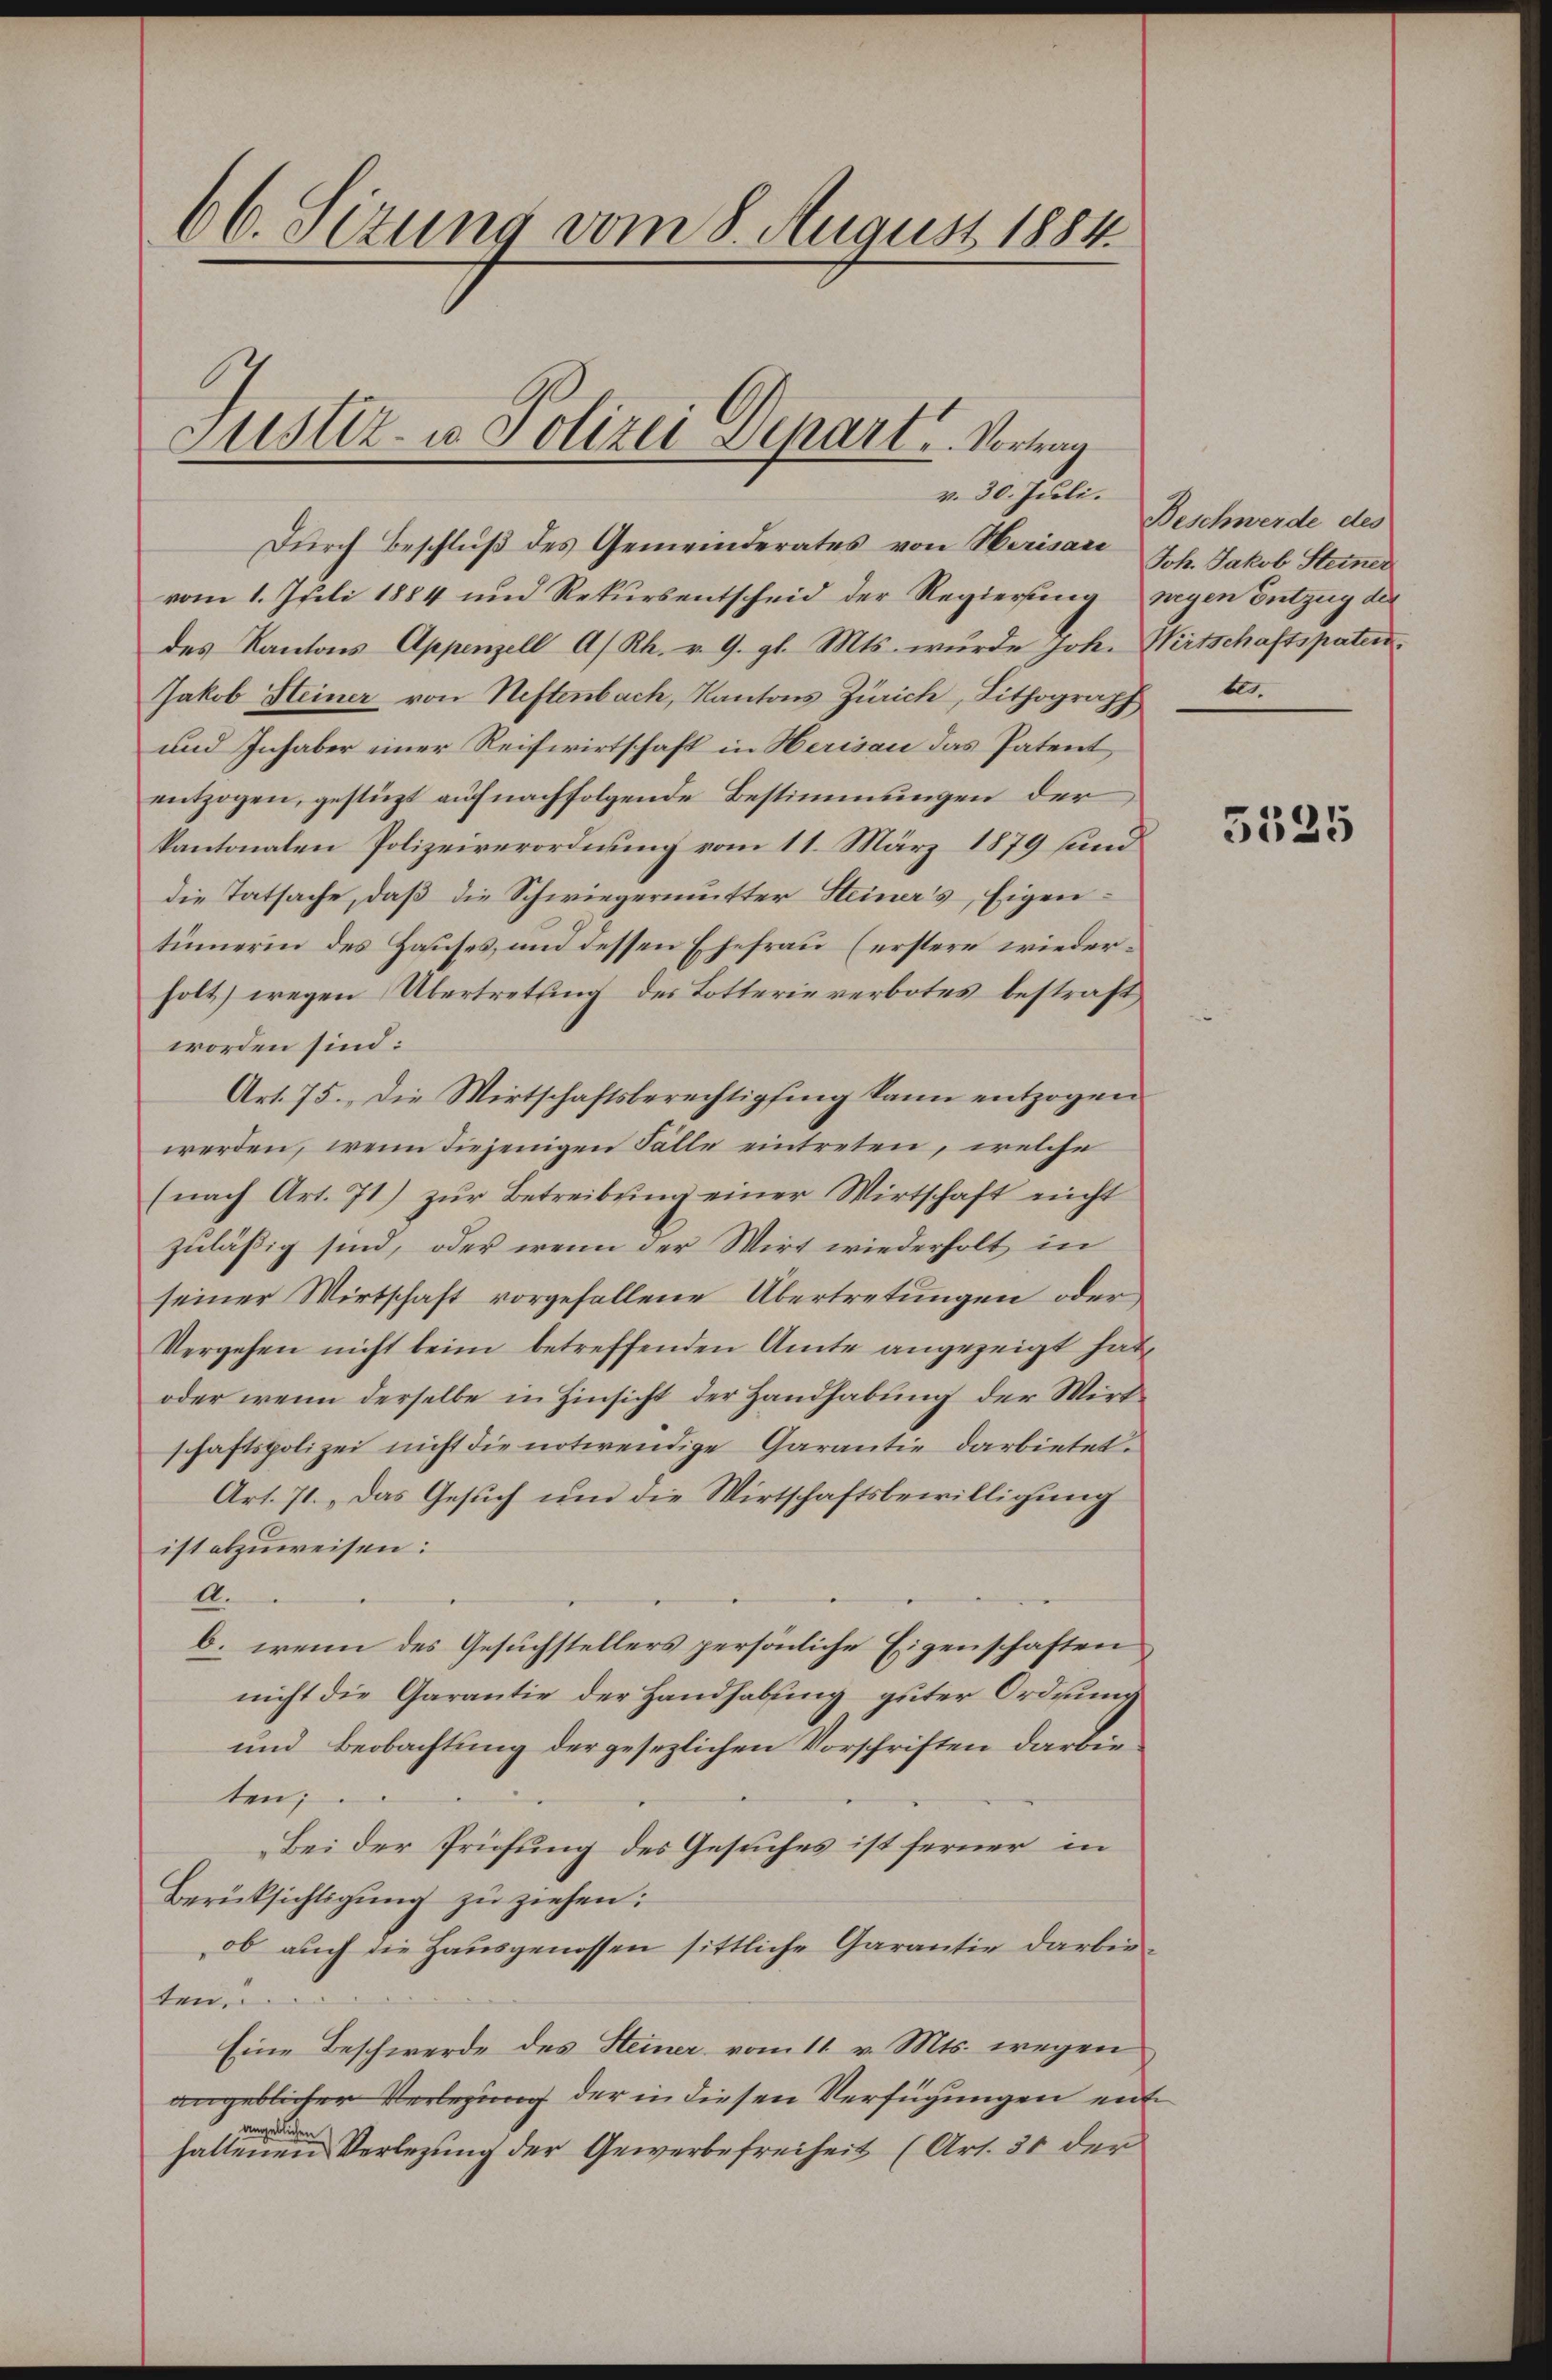
66. Sizung vom 8. August 1884
Justiz- u. Polizei Depart u. Vortrag
v. 30. Juli.

Durch Beschluß des Gemeinderates von Herisard Joh. Jakob Steiner
vom 1. Juli 1884 und Rekursentscheid der Regierung wegen Entzug der
des Kantons Appenzell A/Rh. v. 9. gl. Mts. wurde Joh. Wirtschaftspaten.
Jakob Heiner von Neftenbach, Kantons Zürich, Lithograph
und Inhaber einer Reifwirtschaft in Herisau das Patent
entzogen, gestüzt auf nachfolgende Bestimmungen der
kantonalen Polizeiverordnung vom 11. März 1879 sund
die Tatsache, daß die Schwiegermutter Steiner’s Eigentümerin des Hauses, und dessen Ehefrau (erstere wiederholt) wegen Übertretung des Lotterie verbotes bestraft
worden sind:
Art. 75. Die Wirtschaftsberechtigung kann entzogen
werden, wenn diejenigen Fälle eintreten, welche
(nach Art. 71) zŭr Betreibung einer Wirtschaft nicht
zuläßig sind, oder wenn der Wirt wiederholt in
seiner Wirtschaft vorgefallene Übertretungen oder
Vergehen nicht beim betreffenden Amte angezeigt hat,
oder wenn derselbe in Hinsicht der Handhabung der Wirtschaftspolizei nicht die notwendige Garantie darbietet.
Art. 71. „Das Gesuch um die Wirtschaftsbewilligung
ist abzuweisen:
A.
b. wenn des Gesuchstellers persönliche Eigenschaften
nicht die Garantie der Handhabung guter Ordnung
und Beobachtung der gesezlichen Vorschriften darbieten;
Bei der Prüfung des Gesuches ist ferner in
Berücksichtigung zu ziehen:
ob auch die Hausgenossen sittliche Garantie darbieten,
Eine Beschwerde des Steiner vom 11. v. Mts. wegen
angeblicher Verlegung der in diesen Verfügungen entangeblichen
haltenen Verlegung der Gewerbefreiheit (Art. 31 der

Beschwerde des
tes.

2

5325